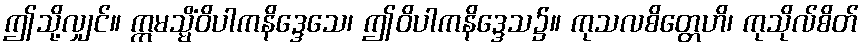
ဤသို့လျှင်။ ဣမသ္မိံဝိပါကနိဒ္ဒေသေ၊ ဤဝိပါကနိဒ္ဒေသ၌။ ကုသလစိတ္တေဟိ၊ ကုသိုလ်စိတ်